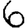
Digit: 6